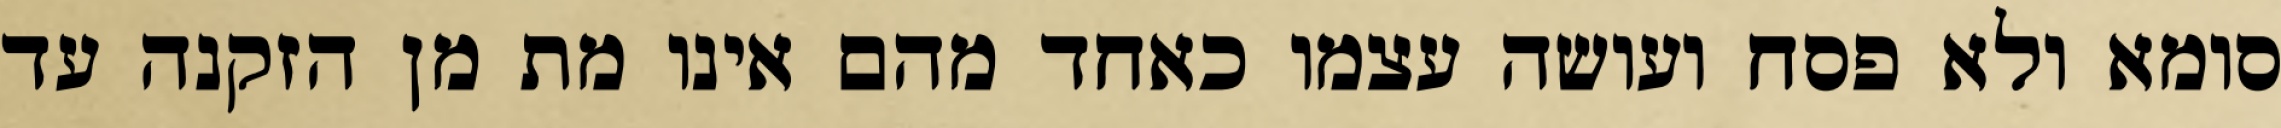
סומא ולא פסח ועושה עצמו כאחד מהם אינו מת מן הזקנה עד